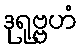
ဒုရုဗ္ဗဟံ